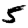
Digit: 5